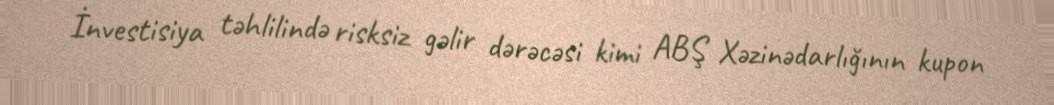
İnvestisiya təhlilində risksiz gəlir dərəcəsi kimi ABŞ Xəzinədarlığının kupon